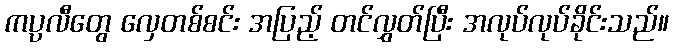
ကပ္ပလီတွေ လှေတစ်စင်း အပြည့် တင်လွှတ်ပြီး အလုပ်လုပ်ခိုင်းသည်။